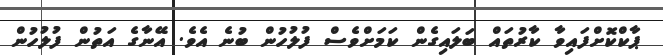
ޕާކްކޮށްފައިވާ ކާރުތައް ބަލައިގެން ކަމަށްވެސް ފުލުހުން ބުނެ އެވެ. އޭނާގެ އަތުން ފުލުހުން